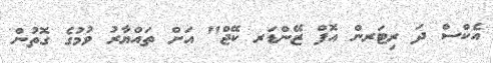
އެކްސް ދަ ރިޓަރން އޮފް ޒޭންޑަރ ކޭޖް" އަށް ތައްޔާރު ވުމުގެ ގޮތުން